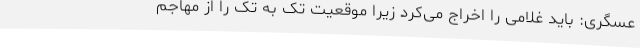
عسگری: باید غلامی را اخراج می‌کرد زیرا موقعیت تک به تک را از مهاجم